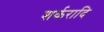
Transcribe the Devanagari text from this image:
शर्करादि